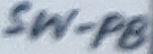
Text: SW-PB